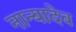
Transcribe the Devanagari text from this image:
नान्यादेव